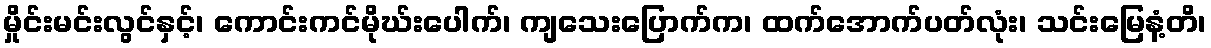
မှိုင်းမင်းလွင်နှင့်၊ ကောင်းကင်မိုဃ်းပေါက်၊ ကျသေးပြောက်က၊ ထက်အောက်ပတ်လုံး၊ သင်းမြေနံ့တိ၊